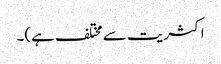
اکثریت سے مختلف ہے)۔